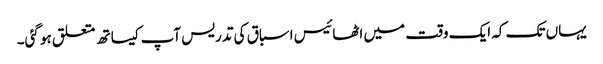
یہاں تک کہ ایک وقت میں اٹھائیس اسباق کی تدریس آپ کیساتھ متعلق ہو گئی۔